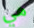
هي